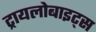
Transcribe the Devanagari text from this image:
ट्रायलोबाइट्स